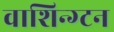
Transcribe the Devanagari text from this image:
वाशिन्ग्टन